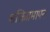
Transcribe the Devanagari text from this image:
शक्तिप्रमापन